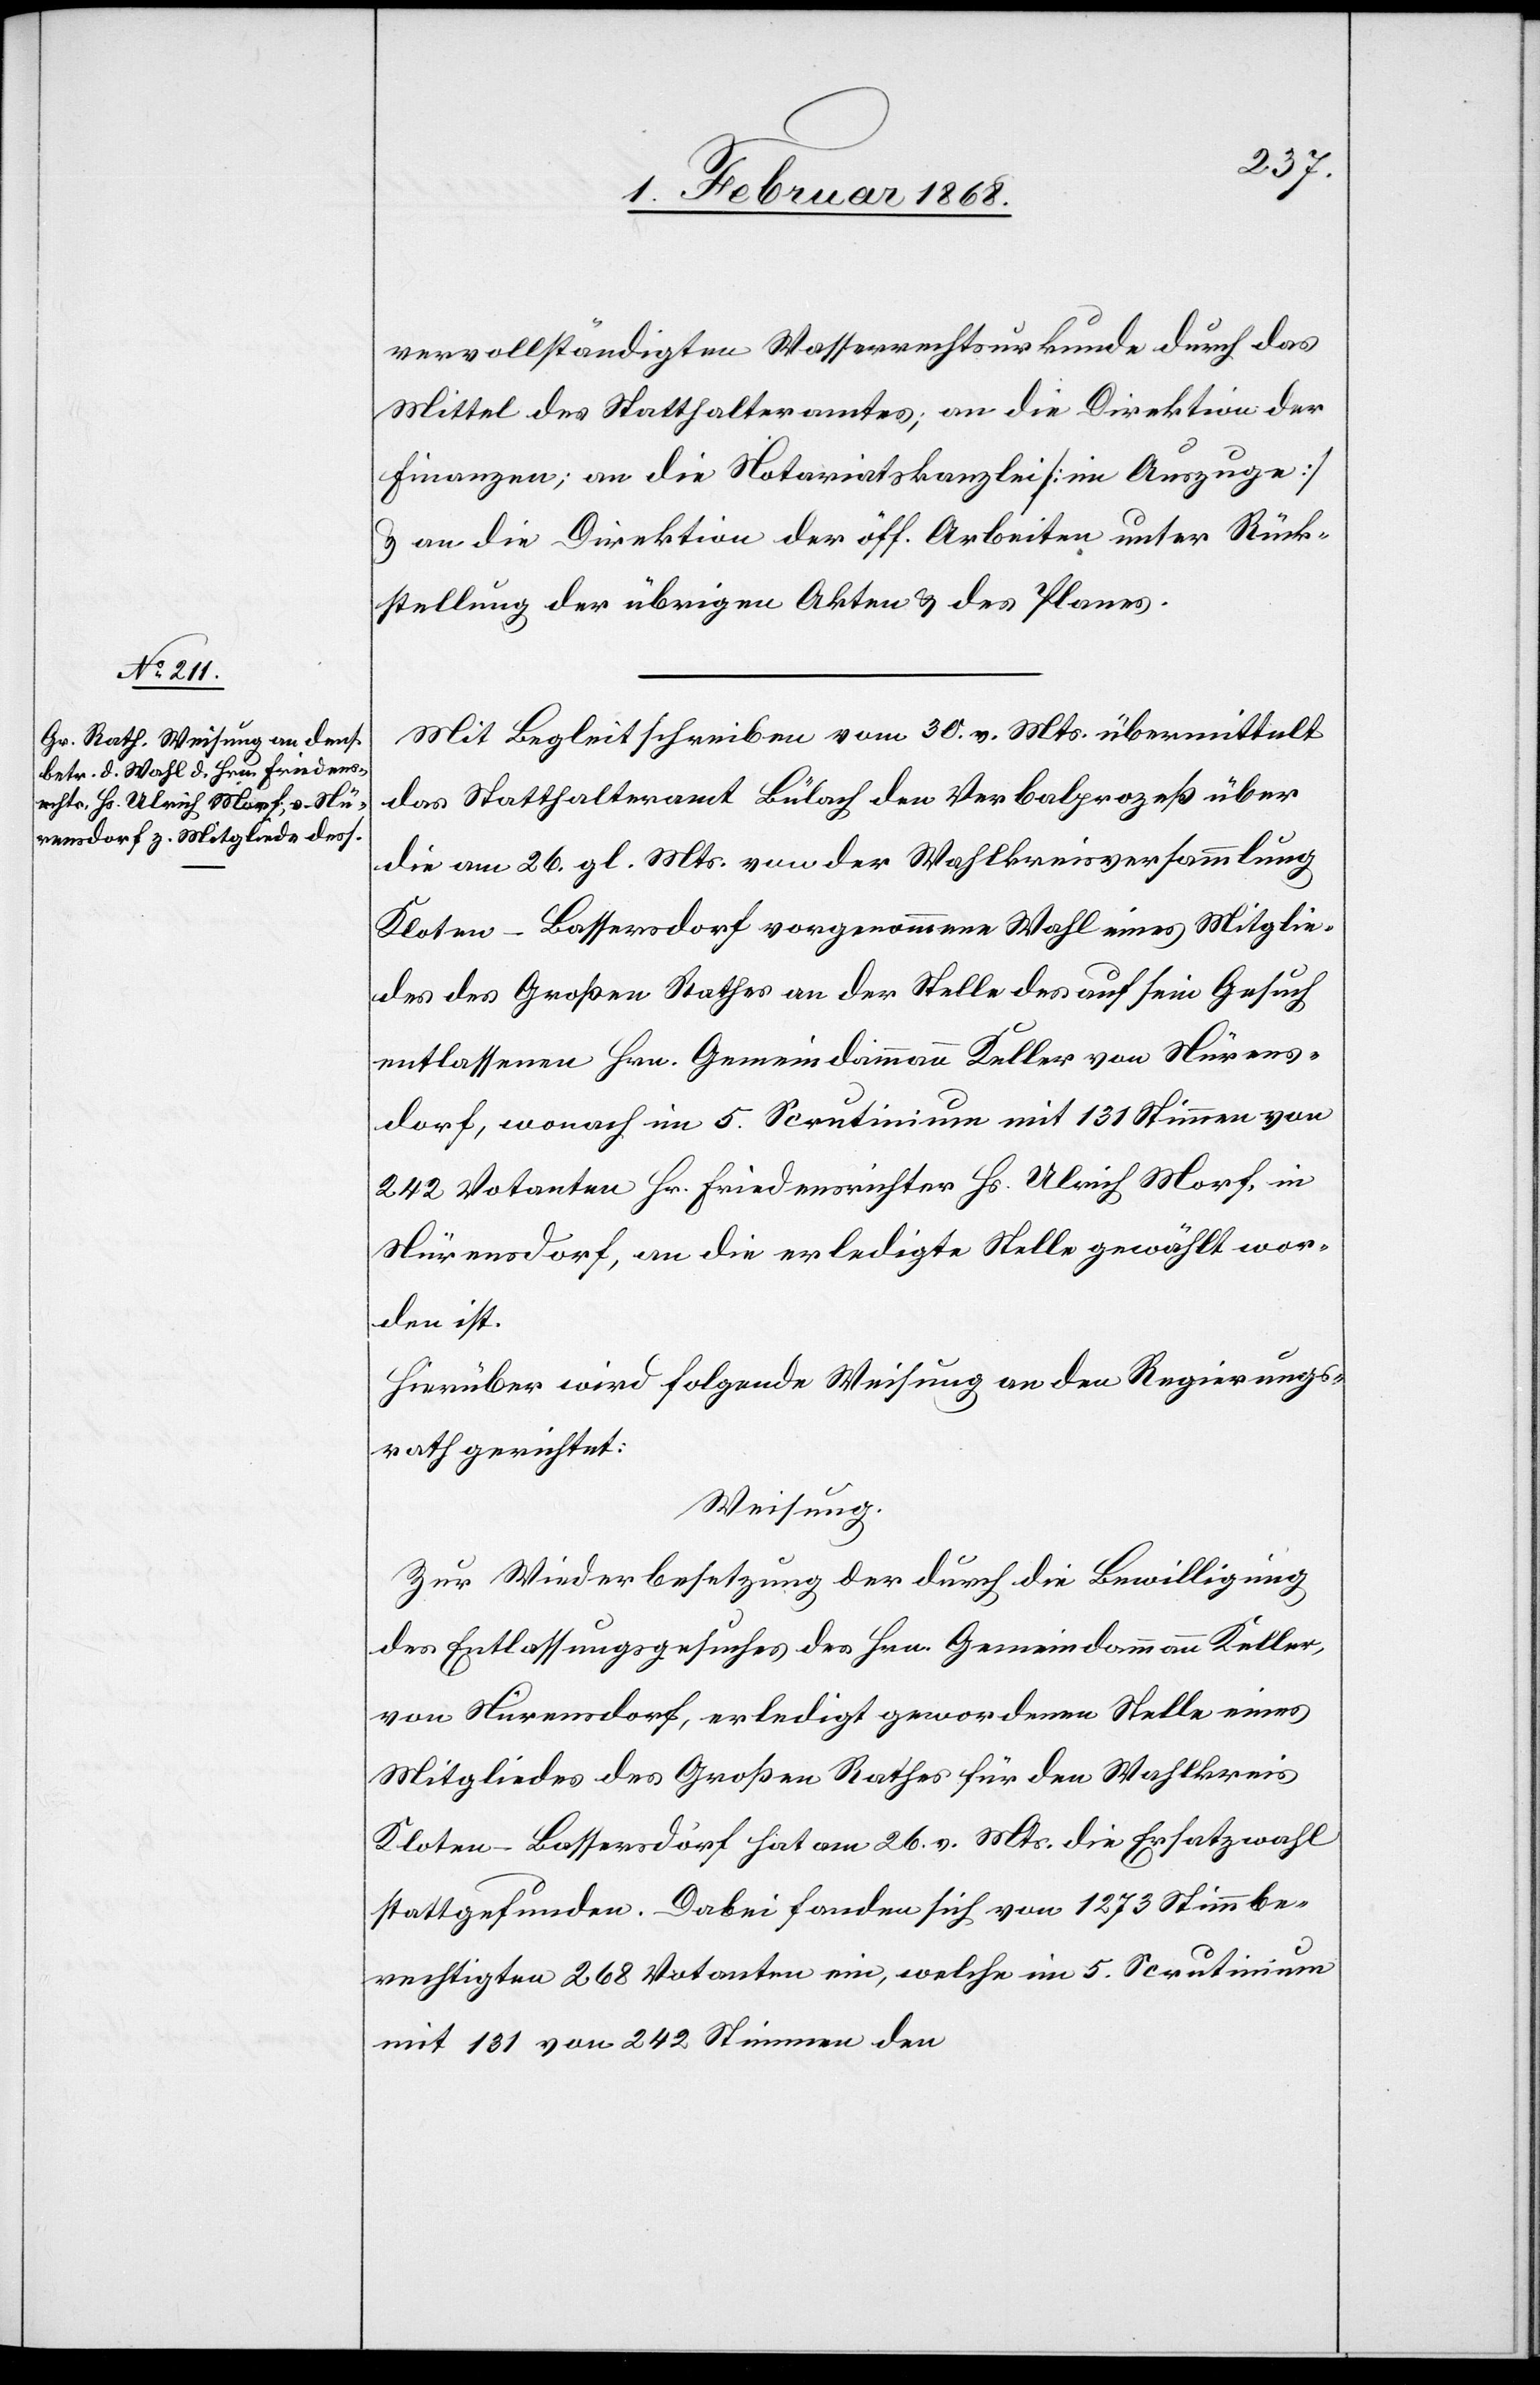
vervollständigten Wasserrechtsurkunde durch das
Mittel des Statthalteramtes; an die Direktion der
Finanzen; an die Notariatskanzlei [im Auszuge]
& an die Direktion der öff. Arbeiten unter Rück¬
stellung der übrigen Akten & des Planes.
Mit Begleitschreiben vom 30. v. Mts. übermittelt
das Statthalteramt Bülach den Verbalprozeß über
die am 26. gl. Mts. von der Wahlkreisversammlung
Kloten-Bassersdorf vorgenommene Wahl eines Mitglie¬
des des Großen Rathes an der [recte: die] Stelle des auf sein Gesuch
entlassenen Hrn. Gemeindammann Keller von Nürens¬
dorf, wonach im 5. Scrutinium mit 131 Stimmen von
242 Votanten Hr. Friedensrichter Hs. Ulrich Morf, in
Nürensdorf, an die erledigte Stelle gewählt wor¬
den ist.
Hierüber wird folgende Weisung an den Regierungs¬
Rath] gerichtet:
Weisung.
rath
Zur Wiederbesetzung der durch die Bewilligung
des Entlassungsgesuches des Hrn. Gemeindammann Keller,
von Nürensdorf, erledigt gewordenen Stelle eines
Mitgliedes des Großen Rathes für den Wahlkreis
Kloten-Bassersdorf hat am 26. v. Mts. die Ersatzwahl
stattgefunden. Dabei fanden sich von 1273 Stimmbe¬
rechtigten 268 Votanten ein, welche im 5. Scrutinium
mit 131 von 242 Stimmen den